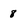
Character: 8